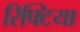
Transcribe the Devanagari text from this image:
रिफ्टिया